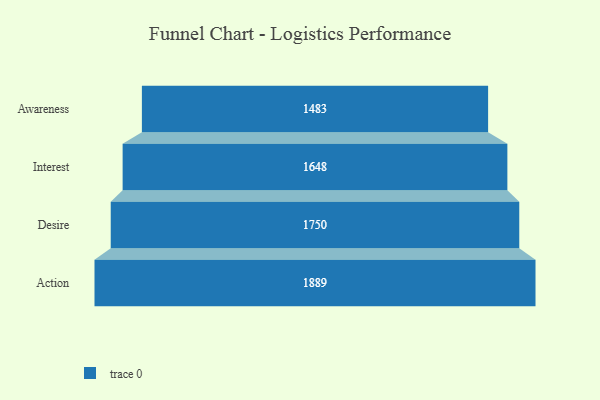
{"axis": {"x": "Stage", "y": "Value"}, "legend": [""], "data": [{"x": "Awareness", "y": 1483.0, "type": ""}, {"x": "Interest", "y": 1648.0, "type": ""}, {"x": "Desire", "y": 1750.0, "type": ""}, {"x": "Action", "y": 1889.0, "type": ""}]}